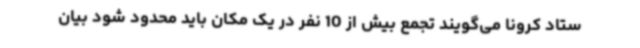
ستاد کرونا می‌گویند تجمع بیش از 10 نفر در یک مکان باید محدود شود بیان